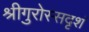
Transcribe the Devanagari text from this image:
श्रीगुरोस्सदृशं